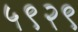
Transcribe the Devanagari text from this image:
५९२९